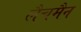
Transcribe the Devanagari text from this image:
लैचमैन